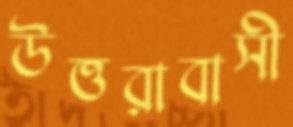
উত্তরাবাসী